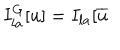
LaTeX: I _ { l a } ^ { G } [ u ] = I _ { l a } [ \overline { { { u } } }